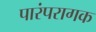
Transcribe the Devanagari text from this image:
पारंपरागक